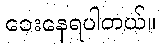
ဝေးနေရပါတယ်။